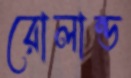
রোলান্ড